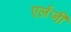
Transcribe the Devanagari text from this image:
एर्लजी